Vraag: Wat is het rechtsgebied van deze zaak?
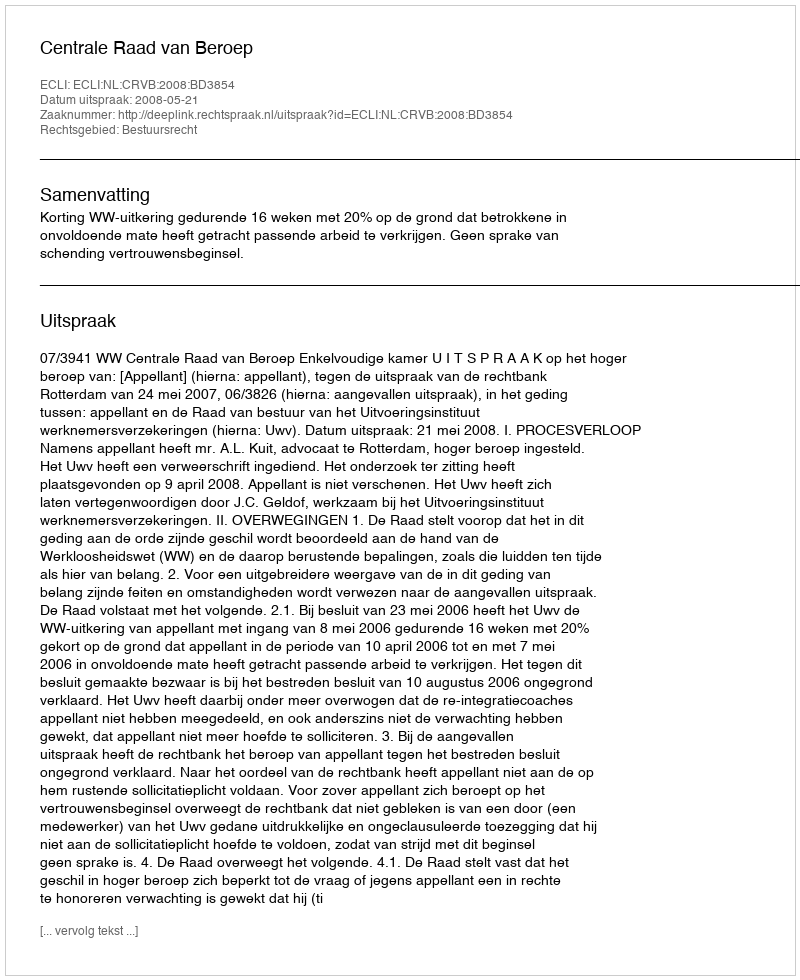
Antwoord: Bestuursrecht